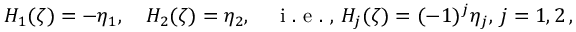
H _ { 1 } ( \zeta ) = - \eta _ { 1 } , \quad H _ { 2 } ( \zeta ) = \eta _ { 2 } , \quad \mathrm { ~ i ~ . ~ e ~ . ~ , ~ } H _ { j } ( \zeta ) = ( - 1 ) ^ { j } \eta _ { j } , \, j = 1 , 2 \, ,